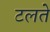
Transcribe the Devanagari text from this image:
टलते